Report on the working of the Ranchi Indian Mental Hospital, Kanke, in Bihar and Orissa - 1930-1940
Year: 1930
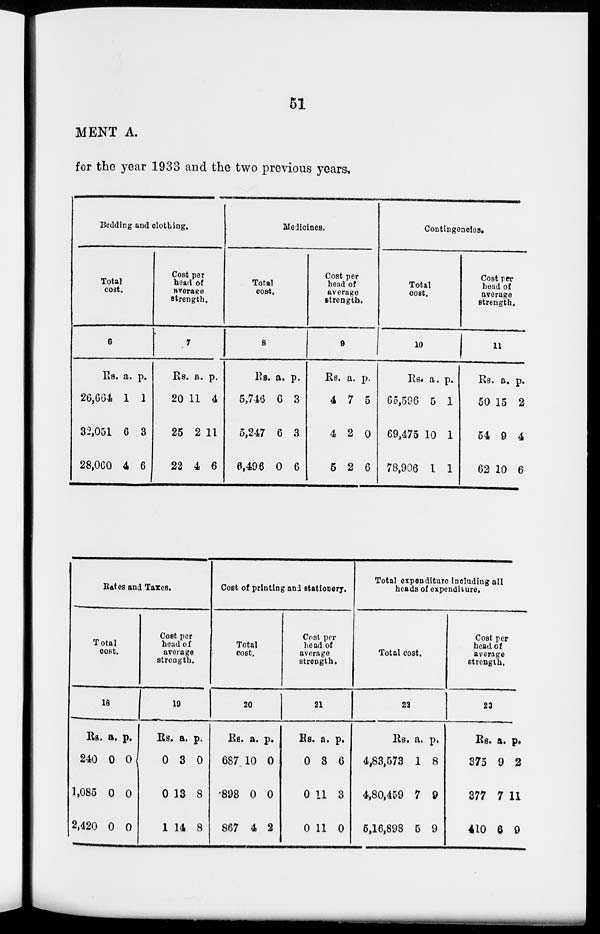
51
MENT A.
for the year 1933 and the two previous years.
Bedding and clothing.
Total
cost.
6
Rs.
26,664
32,051
28,060
a.
1
6
4
p.
1
3
6
Cost per
head of
average
strength.
7
Rs.
20
25
22
a.
11
2
4
p.
4
11
6
Medicines.
Total
cost.
8
Rs.
5,746
5,247
6,496
a.
6
6
0
p.
3
3
6
Cost per
head of
average
strength.
9
Rs.
4
4
5
a.
7
2
2
p.
5
0
6
Contingencies.
Total
cost.
10
Rs.
65,596
69,475
78,906
a.
5
10
1
p.
1
1
1
Cost per
head of
average
strength.
11
Rs.
50
54
62
a.
15
9
10
p.
2
4
6
Rates and Taxes.
Total
cost.
18
Rs.
240
1,085
2,420
a.
0
0
0
p.
0
0
0
Cost per
head of
average
strength.
19
Rs.
0
0
1
a.
3
13
14
p.
0
8
8
Cost of printing and stationery.
Total
cost.
20
Rs.
687
898
867
a.
10
0
4
p.
0
0
2
Cost per
head of
average
strength.
21
Rs.
0
0
0
a.
8
11
11
p.
6
3
0
Total expenditure including all
heads of expenditure.
Total cost.
22
Rs.
4,83,573
4,80,459
5,16,898
a.
1
7
5
p.
8
9
9
Cost per
head of
average
strength.
23
Rs.
375
377
410
a.
9
7
6
p.
2
11
9